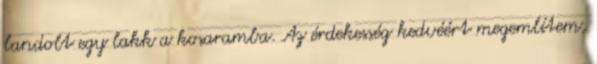
landolt egy lakk a kosaramba. Az érdekesség kedvéért megemlítem,